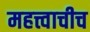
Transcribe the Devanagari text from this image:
महत्त्वाचीच